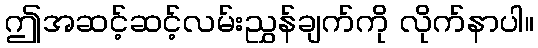
ဤအဆင့်ဆင့်လမ်းညွှန်ချက်ကို လိုက်နာပါ။